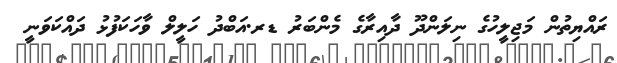
ރައްޔިތުން މަޖިލީހުގެ ނިލަންދޫ ދާއިރާގެ މެންބަރު ޑރ.އަބްދު ހަލީލް ވާހަކަފުޅު ދައްކަވަނީ